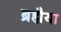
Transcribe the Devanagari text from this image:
ब्रह्मैया